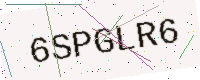
Text: 6SPGLR6